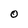
Character: O